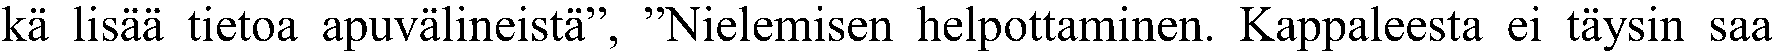
kä lisää tietoa apuvälineistä”, ”Nielemisen helpottaminen. Kappaleesta ei täysin saa